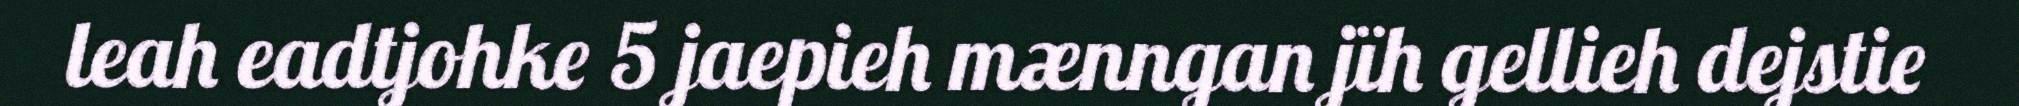
leah eadtjohke 5 jaepieh mænngan jïh gellieh dejstie